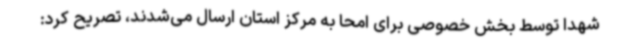
شهدا توسط بخش خصوصی برای امحا به مرکز استان ارسال می‌شدند، تصریح کرد: